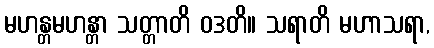
မဟန္တမဟန္တာ သတ္တာတိ ဝဒတိ။ သရာတိ မဟာသရာ,